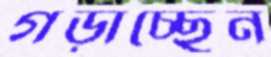
গড়াচ্ছেন